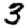
Digit: 3